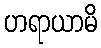
ဟရာယာမိ